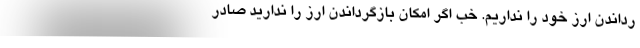
رداندن ارز خود را نداریم. خب اگر امکان بازگرداندن ارز را ندارید صادر